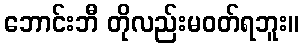
ဘောင်းဘီ တိုလည်းမဝတ်ရဘူး။